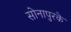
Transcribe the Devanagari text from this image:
सोनापुरके